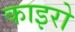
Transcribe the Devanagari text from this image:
काइरो